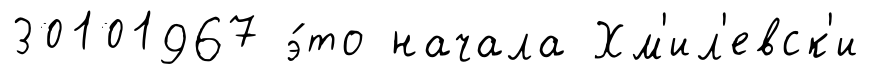
30101967 э́то начала Хм'ил'евск'и